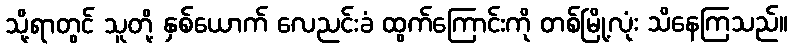
သို့ရာတွင် သူတို့ နှစ်ယောက် လေညင်းခံ ထွက်ကြောင်းကို တစ်မြို့လုံး သိနေကြသည်။